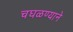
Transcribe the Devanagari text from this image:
चघळण्याने